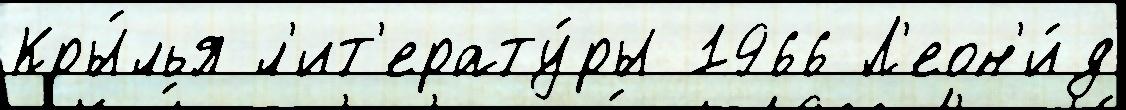
Кры́лья л'ит'ерату́ры 1966 Л'еон'и́д